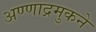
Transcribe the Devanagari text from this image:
अण्णाद्रमुकने